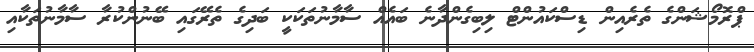
ޕްރޮމޯޝަންގެ ތެރެއިން ޑިސްކައުންޓް ލިބިގެންދާނެ ބައެއް ސާމާނުތަކަކީ ބަދިގެ ތެރޭގައި ބޭނުންކުރާ ސާމާނުތަކާއި